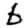
Digit: 6